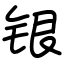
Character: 银